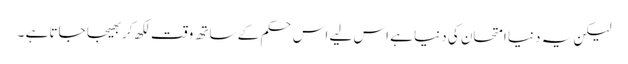
لیکن یہ دنیا امتحان کی دنیا ہے اس لیے اس حکم کے ساتھ وقت لکھ کر بھیجا جاتا ہے ۔